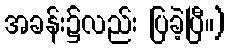
အခန်း၌လည်း ပြခဲ့ပြီ။)